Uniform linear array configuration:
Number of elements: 8
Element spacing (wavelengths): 0.75
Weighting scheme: blackman
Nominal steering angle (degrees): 45
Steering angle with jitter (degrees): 46.822
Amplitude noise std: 0.05
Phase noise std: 0.05

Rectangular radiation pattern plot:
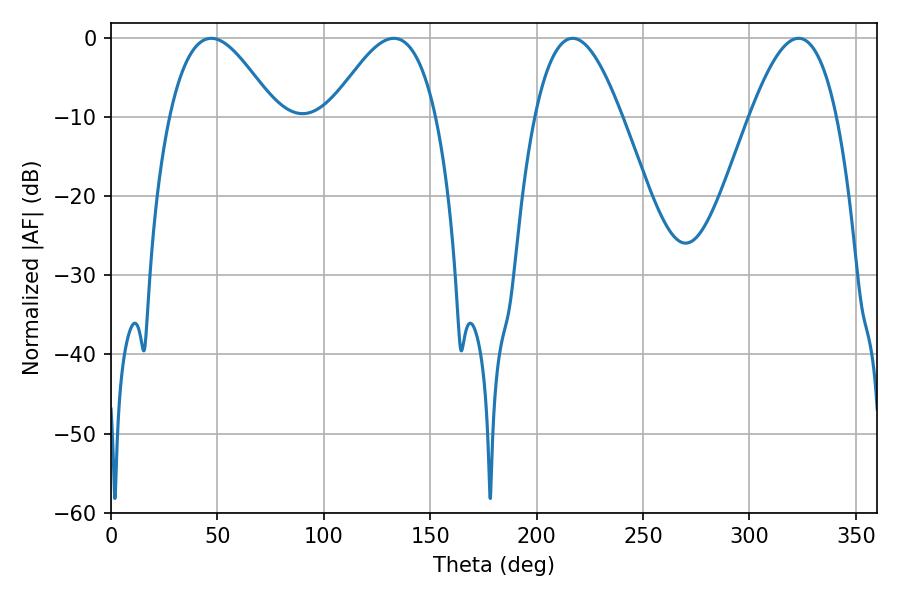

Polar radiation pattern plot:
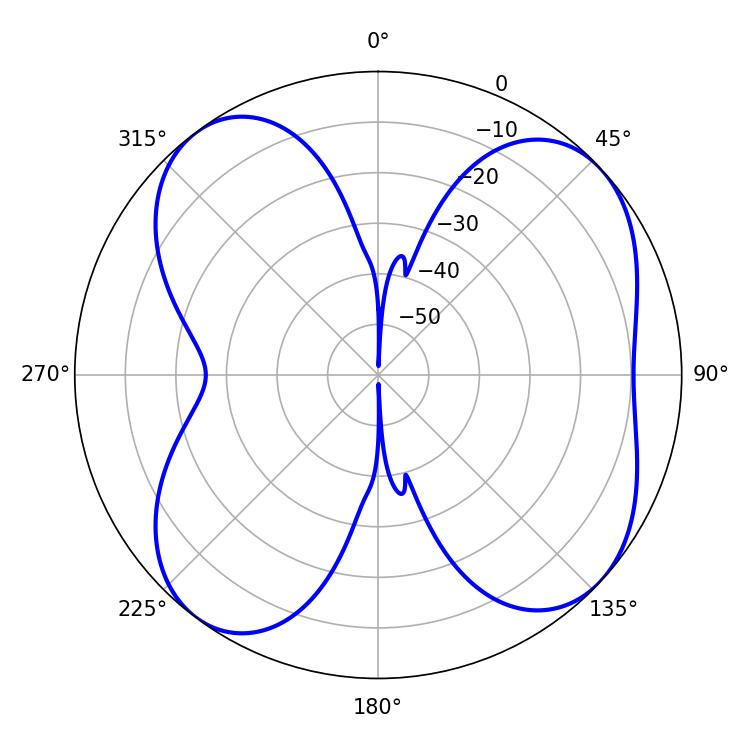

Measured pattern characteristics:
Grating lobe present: TRUE
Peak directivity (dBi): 8.369
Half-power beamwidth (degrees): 22.32
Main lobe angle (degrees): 216.9